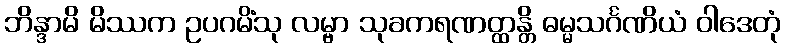
ဘိန္ဒာမိ မိဿက ဥပဂမိံသု လမ္ဗာ သုခကရဏတ္ထန္တိ ဓမ္မသင်္ဂဏိယံ ဝါဒေတုံ